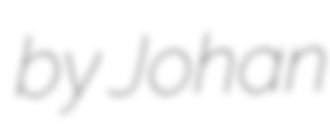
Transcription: by Johan